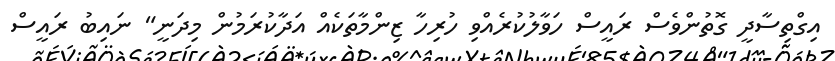
އިގްތިސާދީ ގޮތުންވެސް ރައީސް ހަވާލުކުރެއްވި ހުރިހާ ޒިންމާތަކެއް އަދާކުރަމުން މިދަނީ" ނައިބު ރައީސް